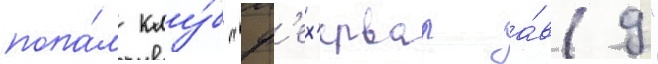
попа́л клу́б "ф'ех'ервар а́в19"